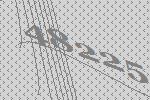
48225